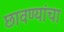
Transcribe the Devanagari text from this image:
छावण्यांचा